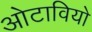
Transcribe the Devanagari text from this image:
ओटावियो